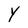
Character: Y